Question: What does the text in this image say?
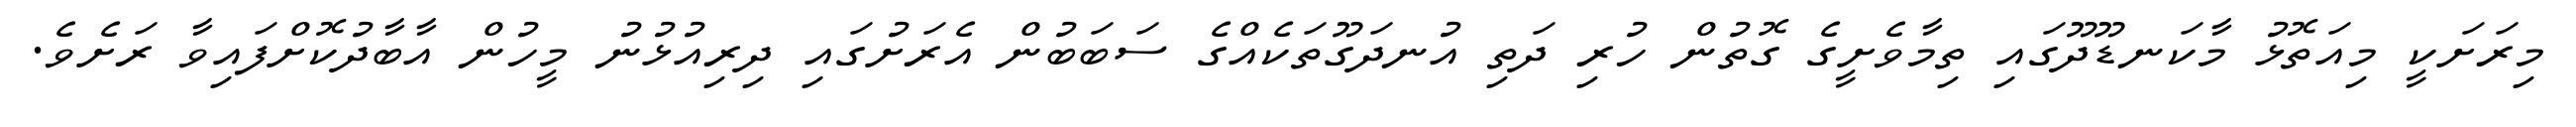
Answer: މިރަށަކީ މިއަތޮޅު މާކަނޑޫދޫގައި ތިމާވެށީގެ ގޮތުން ހުރި ދަތި އުނދަގޫތަކެއްގެ ސަބަބުން އެރަށުގައި ދިރިއުޅުނު މީހުން އާބާދުކޮށްފައިވާ ރަށެވެ.